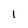
Character: l